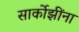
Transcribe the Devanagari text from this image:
सार्कोझींना